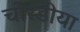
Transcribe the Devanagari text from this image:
चोरडीया